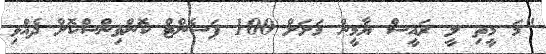
"މަ މީތި ލީ ރައީސް ޔާމީން މަށަށް 100 ޕަސެންޓް ކޮންވިންސްކޮށް ދެއްވި